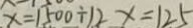
x = 1 5 0 0 \div 1 2 x = 1 2 5